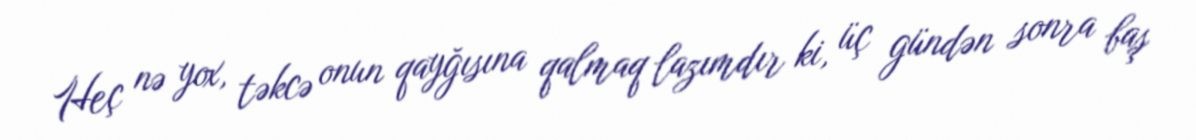
Heç nə yox, təkcə onun qayğısına qalmaq lazımdır ki, üç gündən sonra baş